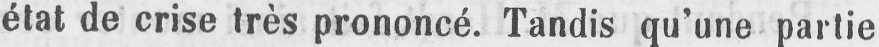
état de crise très prononcé. Tandis qu’une partie